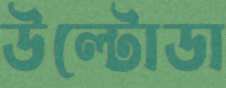
উল্টোডা